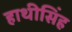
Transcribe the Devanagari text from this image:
हाथीसिंह